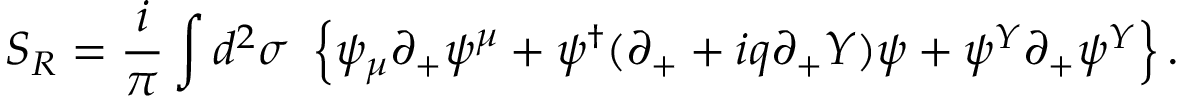
S _ { R } = \frac i { \pi } \int d ^ { 2 } \sigma \ \left\{ \psi _ { \mu } \partial _ { + } \psi ^ { \mu } + \psi ^ { \dag } ( \partial _ { + } + i q \partial _ { + } Y ) \psi + \psi ^ { Y } \partial _ { + } \psi ^ { Y } \right\} .